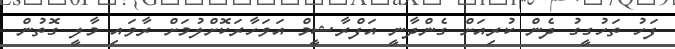
ފަހު ތަހުގީގު ދެން ކުރިއަށް ގެންދާނީ އަފްރާޝީމް އަވަހާރަކޮށްލުމަށް ރާވައި މާލީ ގޮތުން